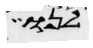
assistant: לנו